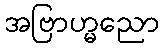
အဗြာဟ္မညော